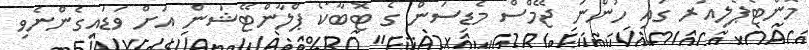
މޮންޓެޕެލިއަރ ގައި ހުންނަ ޖޭމްސް މެޑިސަން ގެ ޓޮބާކޯ ޕްލާންޓޭޝަން އަށް ވަޑައިގެންނެވި